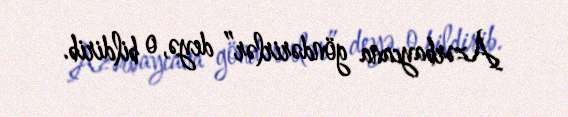
Azərbaycana göndərirlər” deyə, o bildirib.